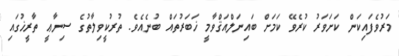
މަރުވެފައިކަން ކަށަވަރު ކުރެވޭ ކަމަށް ބައިނަލްއަޤްވާމީ ޚަބަރުތައް ބުނެއެވެ. ތުރުކީވިލާތުގެ ސިނާޢީ ތާރީޚުގައި